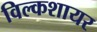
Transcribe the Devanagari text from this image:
विल्कशायर